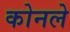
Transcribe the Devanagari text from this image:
कोनले